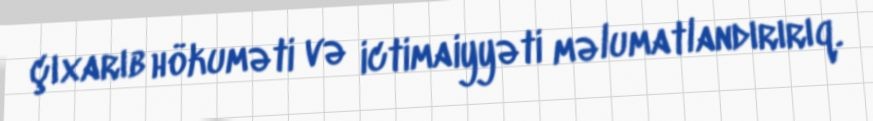
çıxarıb hökuməti və ictimaiyyəti məlumatlandırırıq.